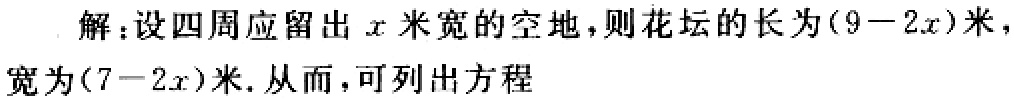
解：设四周应留出\(x\)米宽的空地，则花坛的长为\((9 - 2x)\)米，宽为\((7 - 2x)\)米. 从而，可列出方程